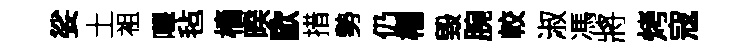
娑土袓嗶毡檣暌歐措勢仍權毀腕較淑馮將烤寇